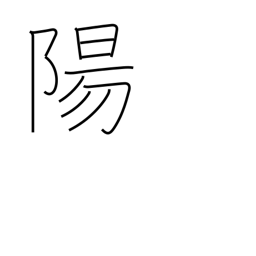
Meaning: heaven